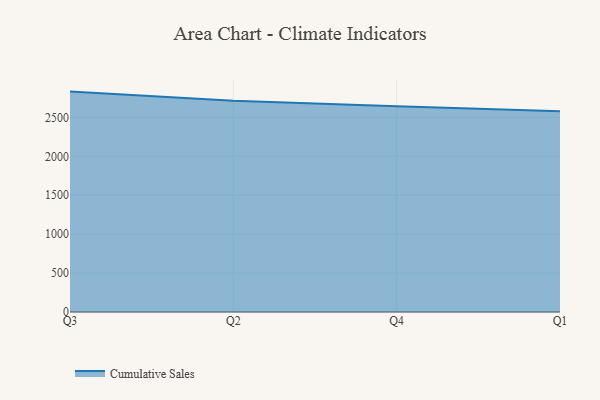
{"axis": {"x": "Quarter", "y": "Shipments"}, "legend": ["Cumulative Sales"], "data": [{"x": "Q3", "y": 2831.0, "type": "Cumulative Sales"}, {"x": "Q2", "y": 2713.6, "type": "Cumulative Sales"}, {"x": "Q4", "y": 2643.4, "type": "Cumulative Sales"}, {"x": "Q1", "y": 2578.2, "type": "Cumulative Sales"}]}